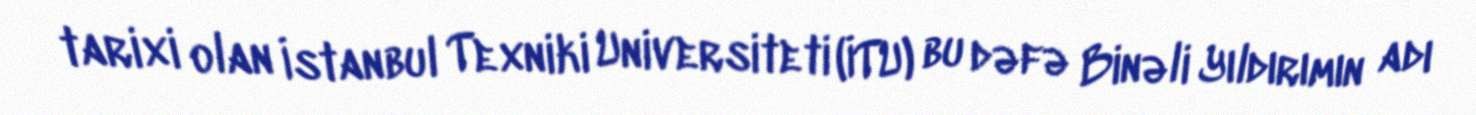
tarixi olan İstanbul Texniki Universiteti (İTU) bu dəfə Binəli Yıldırımın adı